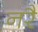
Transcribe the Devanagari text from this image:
नरै